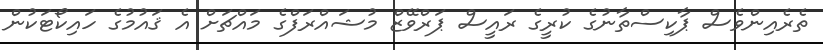
ތެރެއިންވެސް ޕާކިސްތާނުގެ ކުރީގެ ރައީސް ޕަރްވޭޒް މުޝައްރަފްގެ މައްޗަށް އެ ޤައުމުގެ ހައިކޯޓަކުން